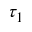
\tau _ { 1 }